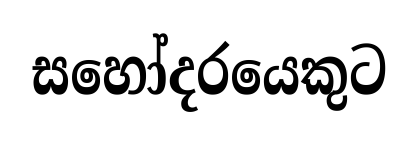
සහෝදරයෙකුට